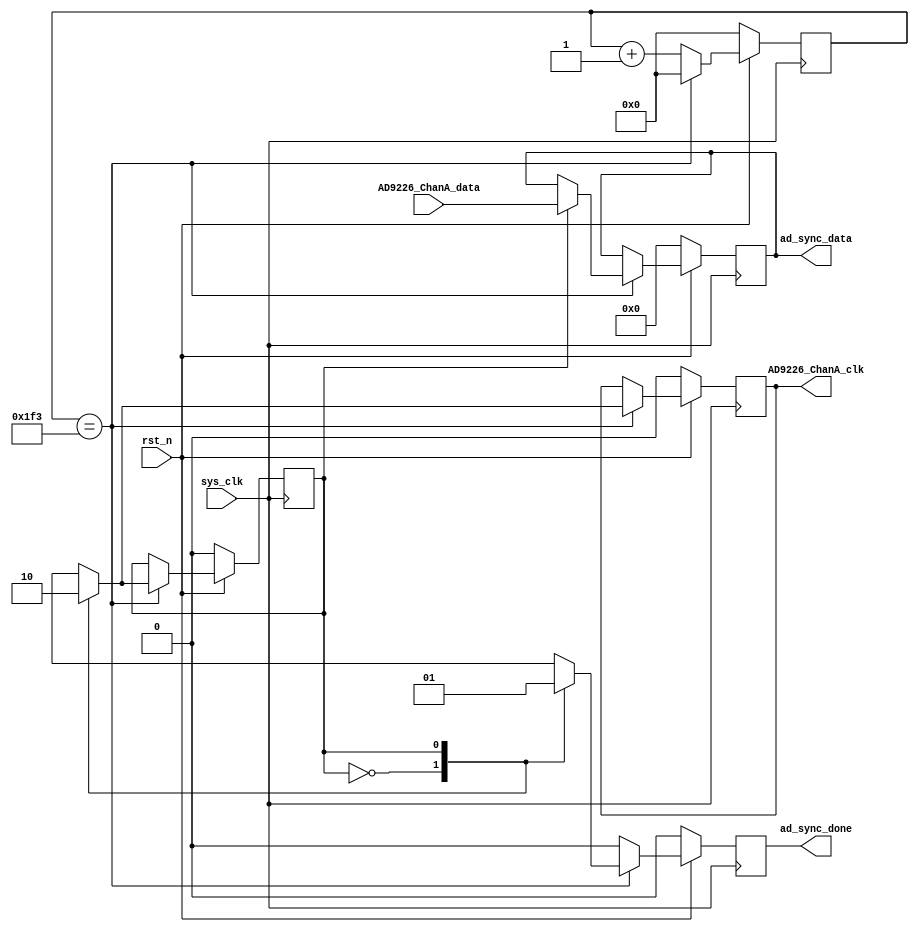
`timescale 1ns / 1ps
//////////////////////////////////////////////////////////////////////////////////
// Company: JLUEE
// 
// Design Name: 
// Module Name: AD_samp
// Project Name: 
// Target Devices: 
// Tool Versions: 
// Description: 
// 
// Dependencies: 
// 
// Revision:
// Revision 0.01 - File Created
// Additional Comments:
// 
//////////////////////////////////////////////////////////////////////////////////


module AD_samp(
    input sys_clk,
    input rst_n,
    input [11:0] AD9226_ChanA_data,//AB12bit
    output AD9226_ChanA_clk,//AB
    output ad_sync_done,//AD
    output [11:0] ad_sync_data
);


    /*
    **100kHz,AD(50kHz)
    */
    reg [8:0] cnt_100k;
    parameter CNT_100k = 500;//500*0.02us = 10us(100k)
    always@(posedge sys_clk) begin
        if(!rst_n)begin
            cnt_100k <= 0;
        end
        else if(cnt_100k == CNT_100k - 1) begin
            cnt_100k <= 0;
        end
        else begin
            cnt_100k <= cnt_100k + 1'd1;
        end
    end




    /*
    **AD,
    */
    reg chanA_clk_reg;
    reg [11:0] chanA_data_reg;
    reg ad_sync_done_reg;//AD
    reg AD_state;
    parameter POSEDGE = 0;
    parameter NEGEDGE = 1;

    assign ad_sync_data = chanA_data_reg;
    assign AD9226_ChanA_clk = chanA_clk_reg;
    assign ad_sync_done = ad_sync_done_reg;

    always@(posedge sys_clk) begin
        if(!rst_n)begin
            chanA_clk_reg <= 0;
            chanA_data_reg <= 0;
            ad_sync_done_reg <= 0;
            AD_state <= POSEDGE;
        end
        else begin
            if(cnt_100k == CNT_100k - 1) begin //10usstate,adclk50khz
                case(AD_state)
                    POSEDGE:begin//adclk
                        chanA_clk_reg <= 1;
                        AD_state <= NEGEDGE;   
                        ad_sync_done_reg <= 0;  
                    end
                    NEGEDGE:begin//adclk
                        chanA_clk_reg <= 0;
                        AD_state <= POSEDGE;
                        ad_sync_done_reg <= 1;
                        chanA_data_reg <= AD9226_ChanA_data;
                    end
                    default: AD_state <= POSEDGE;
                endcase
            end
            else begin
                ad_sync_done_reg <= 0;
            end 
        end
    end




endmodule